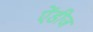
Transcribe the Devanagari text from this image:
ऐंडीज